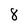
Character: 8